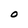
Character: O